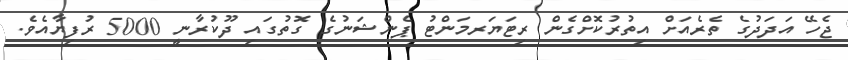
ޖެހޭ އަދަދުގެ ތެރެއަށް އިތުރުކޮށްގެން ރިޓަޔަރމަންޓު ޕެންޝަނުގެ ގޮތުގައި ދޫކުރާނީ 5000 ރުފިޔާއެވެ.